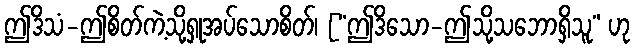
ဤဒိသံ-ဤစိတ်ကဲ့သို့ရှုအပ်သောစိတ်၊ [“ဤဒိသော-ဤသို့သဘောရှိသူ” ဟု